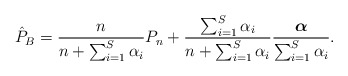
\begin{align*}\hat{P}_B = \frac{n}{n + \sum_{i = 1}^S \alpha_i} P_n + \frac{\sum_{i = 1}^S \alpha_i}{n+\sum_{i = 1}^S \alpha_i} \frac{\boldsymbol\alpha}{\sum_{i = 1}^S \alpha_i}. \end{align*}